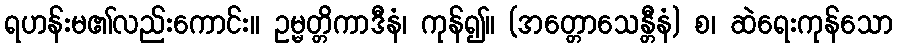
ရဟန်းမ၏လည်းကောင်း။ ဥမ္မတ္တိကာဒီနံ၊ ကုန်၍။ (အတ္တောသေန္တီနံ) စ၊ ဆဲရေးကုန်သော